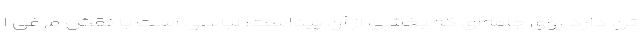
تن دارد روی جامه‌ای که بخشی از آن پیداست؛ لباسی است با نقش مرغی ا